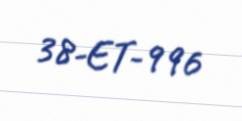
38-ET-996